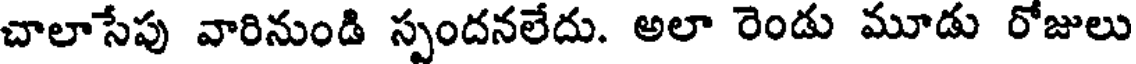
చాలాసేపు వారినుండి స్పందనలేదు. అలా రెండు మూడు రోజులు